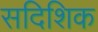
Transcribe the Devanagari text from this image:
सदिशिक